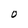
Character: O